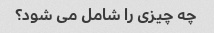
چه چیزی را شامل می شود؟